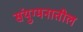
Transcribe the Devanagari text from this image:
संयुग्मनातील